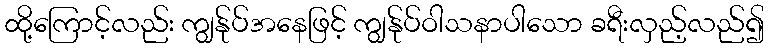
ထို့ကြောင့်လည်း ကျွန်ုပ်အနေဖြင့် ကျွန်ုပ်ဝါသနာပါသော ခရီးလှည့်လည်၍